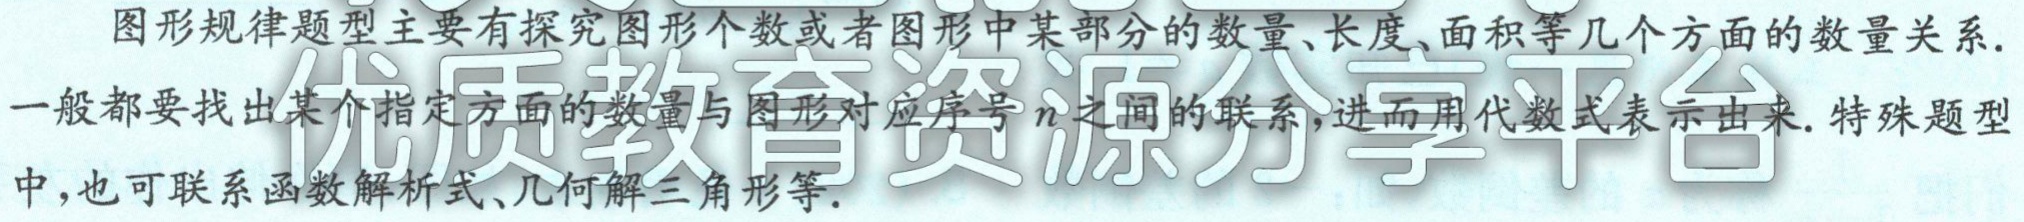
图形规律题型主要有探究图形个数或者图形中某部分的数量、长度、面积等几个方面的数量关系.
一般都要找出某个指定方面的数量与图形对应序号\(n\)之间的联系，进而用代数式表示出来. 特殊题型
中，也可联系函数解析式、几何解三角形等.